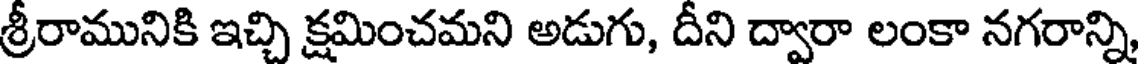
శ్రీరామునికి ఇచ్చి క్షమించమని అడుగు, దీని ద్వారా లంకా నగరాన్ని